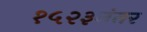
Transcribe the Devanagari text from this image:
१५२३नंतर